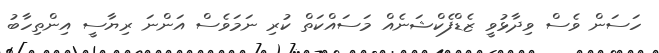
ހަސަން ވެސް ވިދާޅުވީ ޒެޑްފެކްޝަނެއް މަސައްކަތް ކުރި ނަމަވެސް އަންނަ ރިޔާސީ އިންތިހާބު